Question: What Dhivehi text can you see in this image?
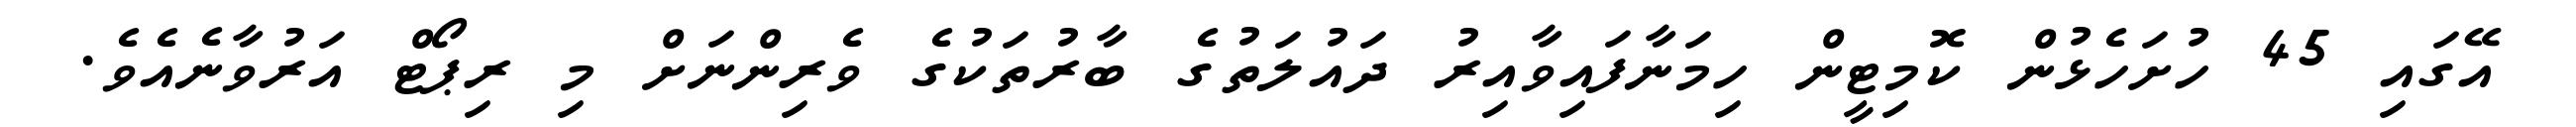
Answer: އޭގައި 45 ހުށަހެޅުން ކޮމިޓީން ހިމަނާފައިވާއިރު ދައުލަތުގެ ބާރުތަކުގެ ވެރިންނަށް މި ރިޕޯޓް އަރުވާނެއެވެ.